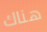
هناك